Sketch of the medical history of the native army of Bombay, for the year
Year: 1870
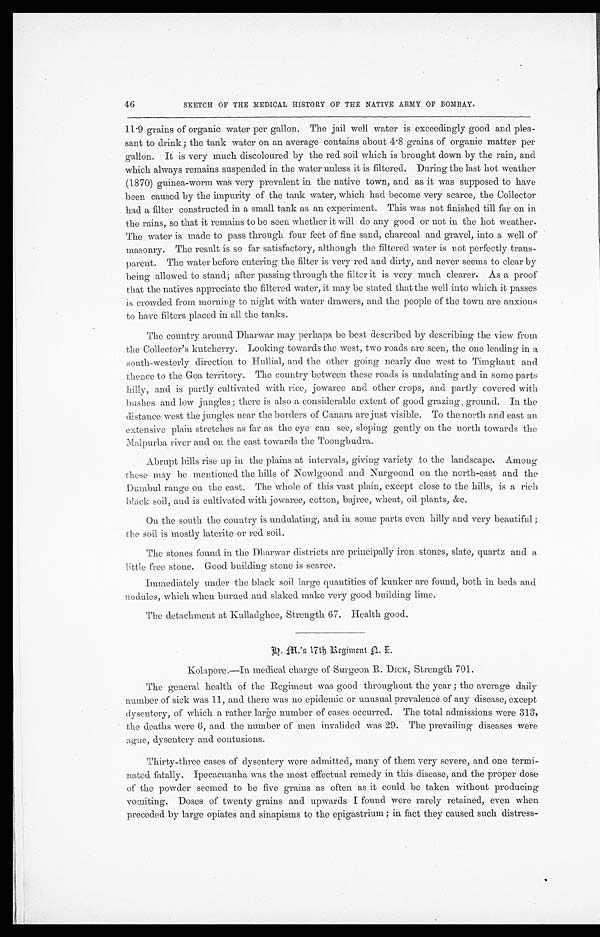
46
SKETCH OF THE MEDICAL HISTORY OF THE NATIVE ARMY OF BOMBAY.
11.9 grains of organic water per gallon. The jail well water is exceedingly good and plea
-
sant to drink; the tank water on an average contains about 4.8 grains of organic matter per
gallon. It is very much discoloured by the red soil which is brought down by the rain, and
which always remains suspended in the water unless it is filtered. During the last hot weather
(1.870) guinea-worm was very prevalent in the native town, and as it was supposed to have
been caused by the impurity of the tank water, which had become very scarce, the Collector
had a filter constructed in a small tank as an experiment. This was not finished till far on in
the rains, so that it remains to be seen whether it will do any good or not in the hot weather.
The water is made to pass through four feet of fine sand, charcoal and gravel, into a well of
masonry. The result is so far satisfactory, although the filtered water is not perfectly trans
-
parent. The water before entering the filter is very red and dirty, and never seems to clear by
being allowed to stand; after passing through the filter it is very much clearer. As a proof
that the natives appreciate the filtered water, it may be stated that the well into which it passes
is crowded from morning to night with water drawers, and the people of the town are anxious
to have filters placed in all the tanks.
The country around Dharwar may perhaps be best described by describing the view from
the Collector's kutcherry. Looking towards the west, two roads are seen, the one leading in a
south-westerly direction to Hullial, and the other going nearly due west to Timghaut and
thence to the Goa territory. The country between these roads is undulating and in some parts
hilly, and is partly cultivated with rice, jowaree and other crops, and partly covered with
bushes and low jungles; there is also a considerable extent of good grazing, ground. In the
distance west the jungles near the borders of Canara are just visible. To the north and east an
extensive plain stretches as far as the eye can see, sloping gently on the north towards the
Malpurba river and on the east towards the Toongbudra.
Abrupt hills rise up in the plains at intervals, giving variety to the landscape. Among
these may be mentioned the hills of Nowlgoond and Nurgoond on the north-east and the
Dumbul range on the east. The whole of this vast plain, except close to the hills, is a rich
black soil, and is cultivated with jowaree, cotton, bajree, wheat, oil plants, &c.
On the south the country is undulating, and in some parts even hilly and very beautiful
the soil is mostly laterite or red soil.
The stones found in the Dharwar districts are principally iron stones, slate, quartz and a
little free stone. Good building stone is scarce.
Immediately under the black soil large quantities of hunker are found, both in beds and
nodules, which when burned and slaked make very good building lime.
The detachment at Kulladghee, Strength 67. Health good.
Kolapore.—In medical charge of Surgeon R. DICK, Strength 701.
The general health of the Regiment was good throughout the year ; the average dairy
number of sick was 11, and there was no epidemic or unusual prevalence of any disease, except
dysentery, of which a rather large number of cases occurred. The total admissions were 313,
the deaths were 6, and the number of men invalided was 29. The prevailing diseases were
ague, dysentery and contusions.
Thirty-three cases of dysentery were admitted, many of them very severe, and one termi
-
nated fatally. Ipecacuanha was the most effectual remedy in this disease, and the proper dose
of the powder seemed to be five grains as often as it could be taken without producing
vomiting. Doses of twenty grains and upwards I found were rarely retained, even when
preceded by large opiates and sinapisms to the epigastrium ; in fact they caused such distress-